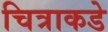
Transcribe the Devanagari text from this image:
चित्राकडे